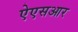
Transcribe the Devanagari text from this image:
ऐएसआर